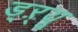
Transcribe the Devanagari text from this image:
ड्‌ऱ्यू